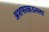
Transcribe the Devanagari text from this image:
अशफाकउल्ला